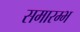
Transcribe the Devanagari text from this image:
समारम्भ